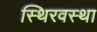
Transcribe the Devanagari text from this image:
स्थिरवस्था